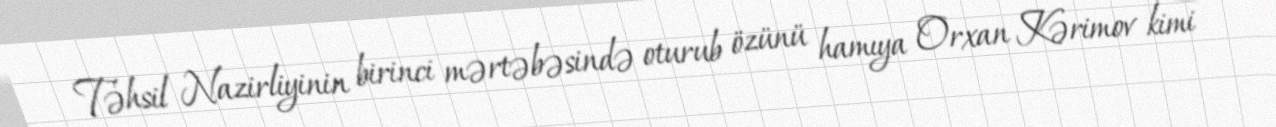
Təhsil Nazirliyinin birinci mərtəbəsində oturub özünü hamıya Orxan Kərimov kimi